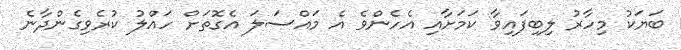
ބަޔަކު މިހާރު ލިބިފައިވާ ކަމަށާއި އެހެންވެ އެ މައްސަލަ އެގޮތަށް ހައްލު ކުރެވިގެންދާނެ